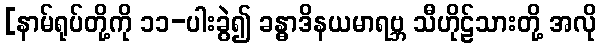
[နာမ်ရုပ်တို့ကို ၁၁-ပါးခွဲ၍ ခန္ဓာဒိနယမာရဗ္ဘ သီဟိုဠ်သားတို့ အလို